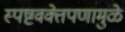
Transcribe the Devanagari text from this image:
स्पष्टवक्तेपणामुळे